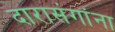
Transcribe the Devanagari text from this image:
दारासंगांना